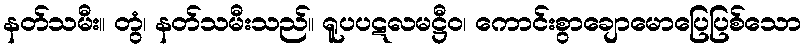
နတ်သမီး။ တွံ၊ နတ်သမီးသည်။ ရူပပဋလမဋ္ဌီဝ၊ ကောင်းစွာချောမောပြေပြစ်သော